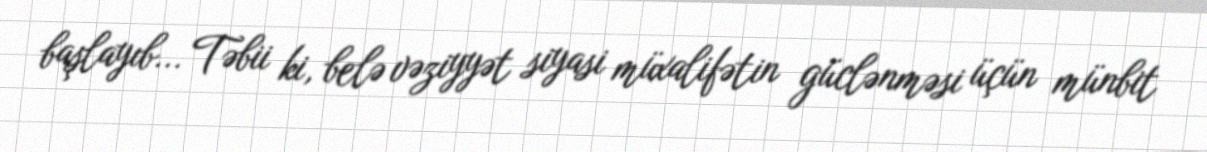
başlayıb... Təbii ki, belə vəziyyət siyasi müxalifətin güclənməsi üçün münbit